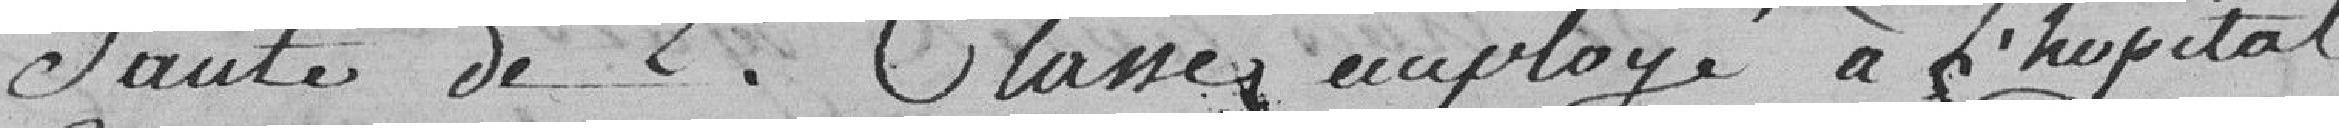
santé de 2° classe, employé à l'hôpital